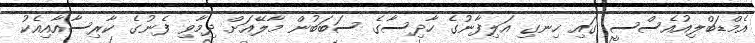
އެމްޑަބްލިއުއެސްސީ ގައި ހިނގި އަލިފާނުގެ ހާދިސާގެ ސަބަބުން މާލޭއަށް ދިމާވި ފެނުގެ ކާރިސާއާއިއެކު